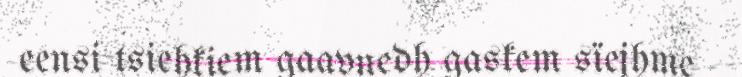
eensi tsiehkiem gaavnedh gaskem sïejhme